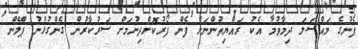
ފެނުގެ މައްސަލަ ދިމާވުމާ އެކު ރައްޔިތުންނަށް ފެން ފޯރުކޮށްދިނުމަށް ސަރުކާރުން ގެންގުޅުނު ޕްލޭން